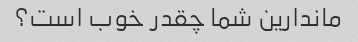
ماندارین شما چقدر خوب است؟